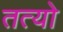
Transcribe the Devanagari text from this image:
तत्यो